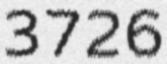
3726